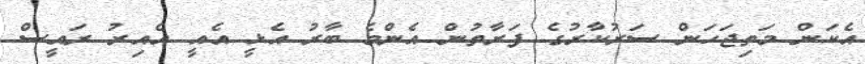
އެކަން މަތިޖަހަން ސަރުކާރުގެ ފަރާތުން އެންމެ ބާރު އެޅީ އެއީ އެއިރު ރައީސް